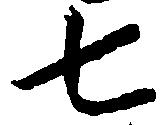
七